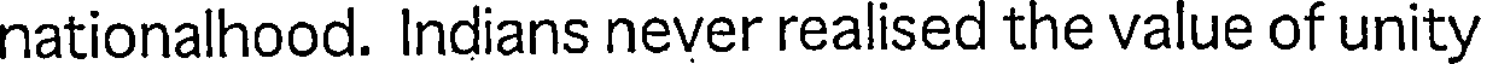
nationalhood. Indians never realised the value of unity